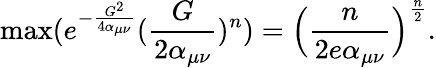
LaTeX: \operatorname*{max}(e^{-\frac{G^{2}}{4\alpha_{\mu\nu}}}(\frac{G}{2\alpha_{\mu\nu}})^{n})=\Big(\frac{n}{2e\alpha_{\mu\nu}}\Big)^{\frac{n}{2}}.